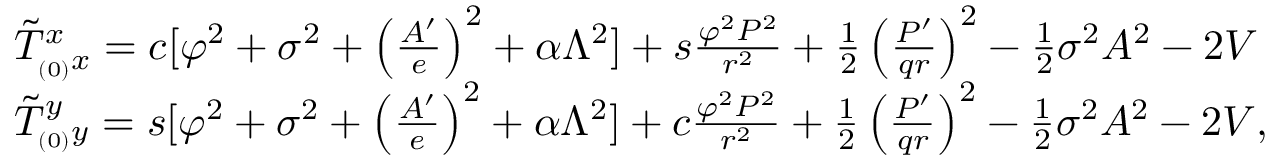
\begin{array} { l l } { { \tilde { T } _ { _ { ( 0 ) } x } ^ { x } = c [ \varphi ^ { 2 } + \sigma ^ { 2 } + \left( \frac { A ^ { \prime } } { e } \right) ^ { 2 } + \alpha \Lambda ^ { 2 } ] + s \frac { \varphi ^ { 2 } P ^ { 2 } } { r ^ { 2 } } + \frac { 1 } { 2 } \left( \frac { P ^ { \prime } } { q r } \right) ^ { 2 } - \frac { 1 } { 2 } \sigma ^ { 2 } A ^ { 2 } - 2 V } } \\ { { \tilde { T } _ { _ { ( 0 ) } y } ^ { y } = s [ \varphi ^ { 2 } + \sigma ^ { 2 } + \left( \frac { A ^ { \prime } } { e } \right) ^ { 2 } + \alpha \Lambda ^ { 2 } ] + c \frac { \varphi ^ { 2 } P ^ { 2 } } { r ^ { 2 } } + \frac { 1 } { 2 } \left( \frac { P ^ { \prime } } { q r } \right) ^ { 2 } - \frac { 1 } { 2 } \sigma ^ { 2 } A ^ { 2 } - 2 V , } } \end{array}